Annual administration report of the Civil Veterinary Department of India - 1896-1897
Year: 1896
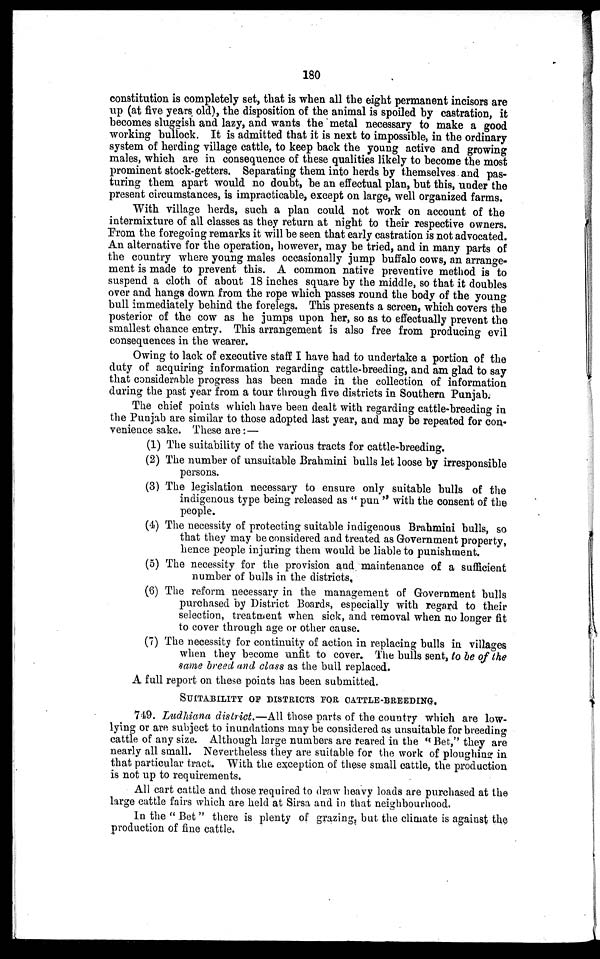
180
constitution is completely set, that is when all the eight permanent incisors are
up (at five years old), the disposition of the animal is spoiled by castration, it
becomes sluggish and lazy, and wants the metal necessary to make a good
working bullock. It is admitted that it is next to impossible, in the ordinary
system of herding village cattle, to keep back the young active and growing
males, which are in consequence of these qualities likely to become the most
prominent stock-getters. Separating them into herds by themselves and pas-
turing them apart would no doubt, be an effectual plan, but this, under the
present circumstances, is impracticable, except on large, well organized farms.
With village herds, such a plan could not work on account of the
intermixture of all classes as they return at night to their respective owners.
From the foregoing remarks it will be seen that early castration is not advocated.
An alternative for the operation, however, may be tried, and in many parts of
the country where young males occasionally jump buffalo cows, an arrange-
ment is made to prevent this. A common native preventive method is to
suspend a cloth of about 18 inches square by the middle, so that it doubles
over and hangs down from the rope which passes round the body of the young
bull immediately behind the forelegs. This presents a screen, which covers the
posterior of the cow as he jumps upon her, so as to effectually prevent the
smallest chance entry. This arrangement is also free from producing evil
consequences in the wearer.
Owing to lack of executive staff I have had to undertake a portion of the
duty of acquiring information regarding cattle-breeding, and am glad to say
that considerable progress has been made in the collection of information
during the past year from a tour through five districts in Southern Punjab.
The chief points which have been dealt with regarding cattle-breeding in
the Punjab are similar to those adopted last year, and may be repeated for con-
venience sake. These are:—
(1) The suitability of the various tracts for cattle-breeding.
(2) The number of unsuitable Brahmini bulls let loose by irresponsible
persons.
(3) The legislation necessary to ensure only suitable bulls of the
indigenous type being released as " pun " with the consent of the
people.
(4) The necessity of protecting suitable indigenous Brahmini bulls, so
that they may be considered and treated as Government property,
hence people injuring them would be liable to punishment.
(5) The necessity for the provision and maintenance of a sufficient
number of bulls in the districts.
(6) The reform necessary in the management of Government bulls
purchased by District Boards, especially with regard to their
selection, treatment when sick, and removal when no longer fit
to cover through age or other cause.
(7) The necessity for continuity of action in replacing bulls in villages
when they become unfit to cover. The bulls sent, to be of the
same breed and class as the bull replaced.
A full report on these points has been submitted.
SUITABILITY OF DISTRICTS FOR CATTLE-BREEDING.
749. Ludhiana district.—All those parts of the country which are low-
lying or are subject to inundations may be considered as unsuitable for breeding
cattle of any size. Although large numbers are reared in the " Bet," they are
nearly all small. Nevertheless they are suitable for the work of ploughing in
that particular tract. With the exception of these small cattle, the production
is not up to requirements.
All cart cattle and those required to draw heavy loads are purchased at the
large cattle fairs which are held at Sirsa and in that neighbourhood.
In the " Bet" there is plenty of grazing, but the climate is against the
production of fine cattle.